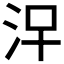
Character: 𣳀